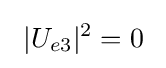
\ |U_{e3}|^{2}=0\